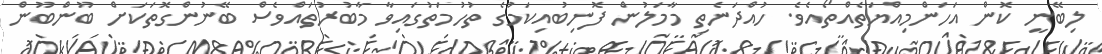
ލިބޭނީ ކޮން އަހަންމިއްޔަތެއްތޯއެވެ. ހުއްދަނެތި މާމަލުން ފޮނިބުއިކަމުގެ ތުހުމަތުގައިވާ މާބުރުތައްވެސް ބޭނުންގޮތަކަށް ބޫންބޫން